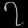
Digit: ၇